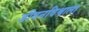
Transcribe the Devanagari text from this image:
जीवनविश्वाला